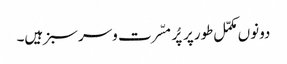
دونوں مکمّل طورپر پُر مسّرت وسرسبز ہیں۔